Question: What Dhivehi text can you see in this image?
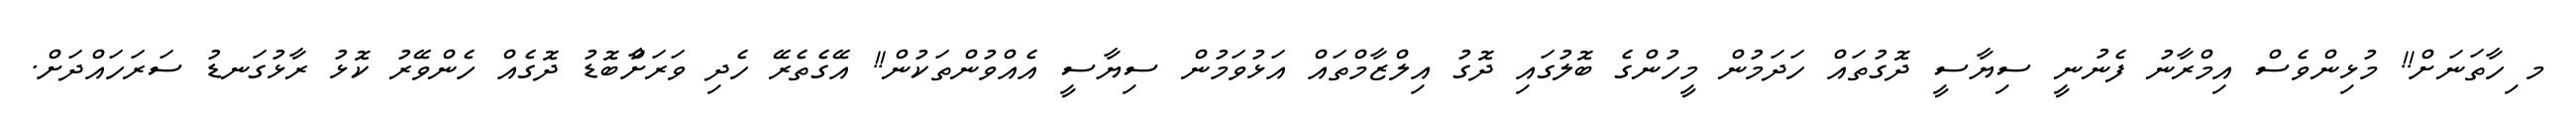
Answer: މ ިހާތަނަށް!! މުޅިންވެސް އިމްރާނު ފެނުނީ ސިޔާސީ ދޮގުތައް ހަދަމުން މީހުންގެ ބޮލުގައި ދޮގު އިލްޒާމްތައް އަޅުވަމުން ސިޔާސީ އެއްވުންތަކުން!! އޭގެތެރޭ ހެދި ވަރަށާްބޮޑު ދޮގެއް ހެންވޭރު ކޮޅު ރާޅުގަނޑު ސަރަހައްދަށް.